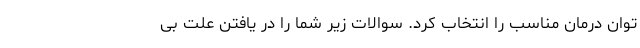
توان درمان مناسب را انتخاب کرد. سوالات زیر شما را در یافتن علت بی